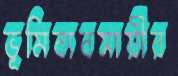
ভূমিব্যবসায়ীর